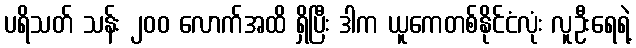
ပရိသတ် သန်း ၂၀၀ လောက်အထိ ရှိပြီး ဒါက ယူကေတစ်နိုင်ငံလုံး လူဦးရေရဲ့